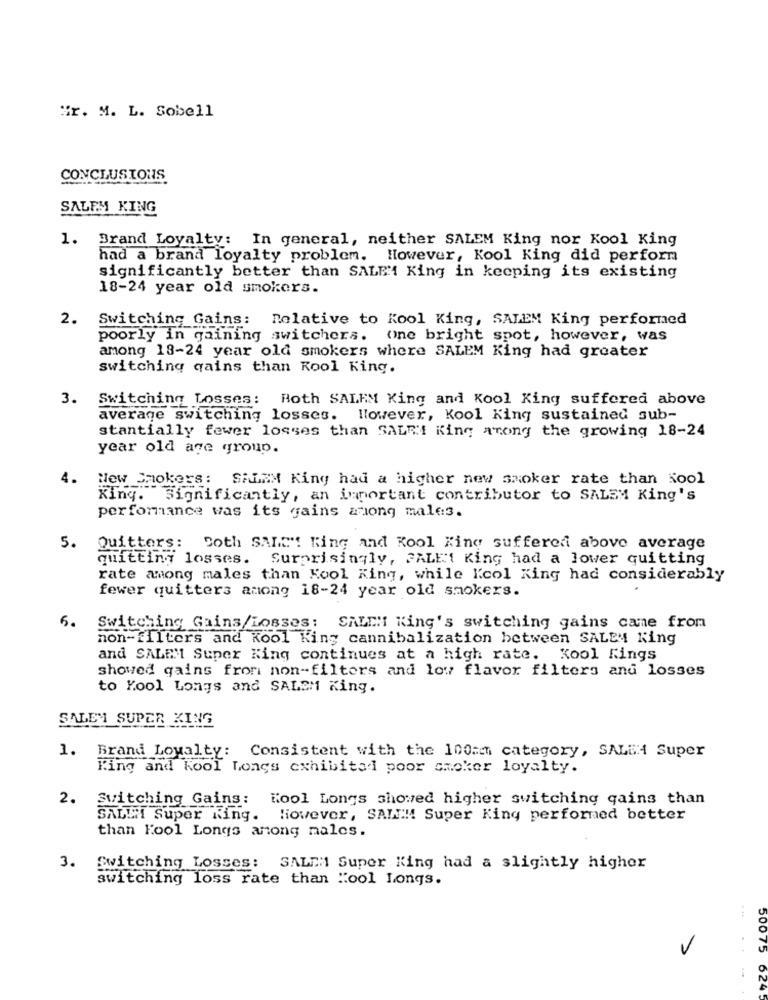
"r. M. L. Sobell
CONCLUSIONS
SALEM KING
1.
Brand Loyalty: In general, neither SALEM King nor Kool King
had a brand loyalty problem. However, Kool King did perform
significantly better than SALEM King in keeping its existing
18-24 year old smokers.
2.
Switching Gains: Relative to Kool King, SALEM King performed
poorly in gaining switchers. one bright spot, however, was
among 18-24 year old smokers where SALEM King had greater
switching gains than Kool King.
3.
Switching Losses: Both SALEM King and Kool King suffered above
average switching losses. llowever, Kool King sustained sub-
stantially fewer losses than SALE! King among the growing 18-24
year old age group.
4.
New Smokers: SAMMM King had a higher new smoker rate than Kool
King. Significantly, an important contributor to SALEM King's
performance was its gains along male3.
5.
Quitters: Both SALG"! Ring and Kool King suffered above average
quitting losses. Surprisingly, FALE1 King had a lower quitting
rate among males than Kool King, while Kcol King had considerably
fewer quitters among 18-24 year old smokers.
5.
Switching Gains/Losses: SALEM King's switching gains came from
non-filters and Kool King cannibalization between SALEM King
and SALEM Super King continues at a high rate. Kool Rings
showed gains from non-filters and low flavor filters and losses
to Kool Longs and SALEM King.
SALE'S SUPER KING
1. Brand Loyalty: Consistent with the 100mm category, SALSA Super
King and Kool Longs exhibited poor smoker loyalty.
2.
Switching Gains: Kool Longs showed higher switching qains than
SALLI Super Ring. However, SAMT !!! Super King performed better
than Kool Longs among males.
3.
Switching Losses:
SALEM Super King had a slightly higher
switching loss rate than "ool Longs.
50075 6245